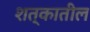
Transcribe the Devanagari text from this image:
शत्कातील